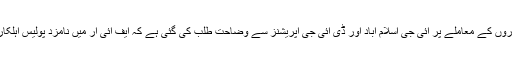
نمائندہ اے آر وائی نیوز کے مطابق اہلکاروں کے معاملے پر آئی جی اسلام آباد اور ڈی آئی جی آپریشنز سے وضاحت طلب کی گئی ہے کہ ایف آئی آر میں نامزد پولیس اہلکاروں کو بروقت گرفتار کیوں نہیں کیا گیا۔